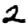
Digit: 2